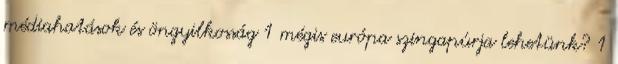
médiahatások és öngyilkosság 1 mégis európa szingapúrja lehetünk? 1